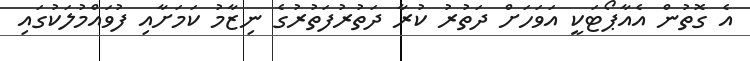
އެ ގޮތުން އެއާޕޯޓަކީ އަވަހަށް ދަތުރު ކުރާ ދަތުރުފަތުރުގެ ނިޒާމު ކަމަށާއި ފުވައްމުލަކުގައި